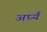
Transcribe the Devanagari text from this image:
अर्घ्यं